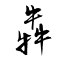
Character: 犇